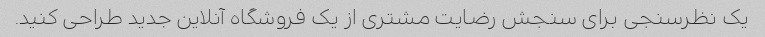
یک نظرسنجی برای سنجش رضایت مشتری از یک فروشگاه آنلاین جدید طراحی کنید.